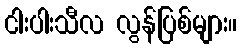
ငါးပါးသီလ လွန်ပြစ်များ။